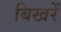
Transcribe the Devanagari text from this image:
बिखरें